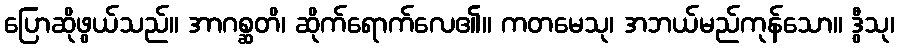
ပြောဆိုဖွယ်သည်။ အာဂစ္ဆတိ၊ ဆိုက်ရောက်လေ၏။ ကတမေသု၊ အဘယ်မည်ကုန်သော။ ဒွီသု၊